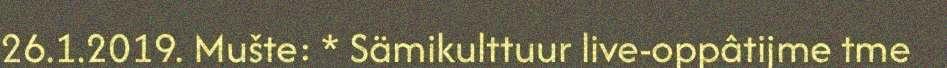
26.1.2019. Mušte: * Sämikulttuur live-oppâtijme tme